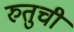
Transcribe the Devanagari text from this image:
रुतुची